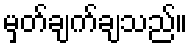
မှတ်ချက်ချသည်။